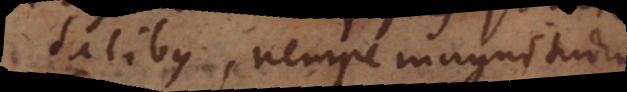
qualitatibus, nempe magnitudine